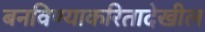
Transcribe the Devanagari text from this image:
बनविण्याकरितादेखील